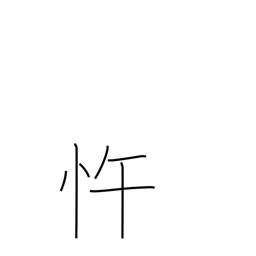
Meaning: insubordinate